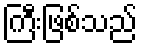
ကြီးဖြစ်သည်